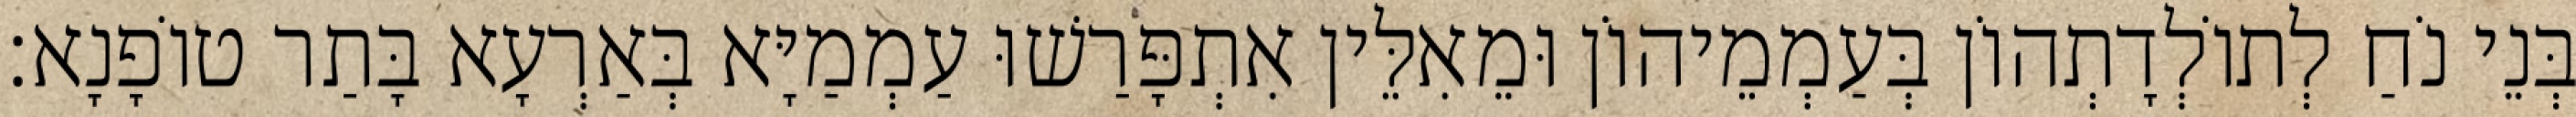
בְּנֵי נֹחַ לְתוֹלְדָתְהוֹן בְּעַמְמֵיהוֹן וּמֵאִלֵּין אִתְפָּרַשׁוּ עַמְמַיָּא בְּאַרְעָא בָּתַר טוֹפָנָא׃